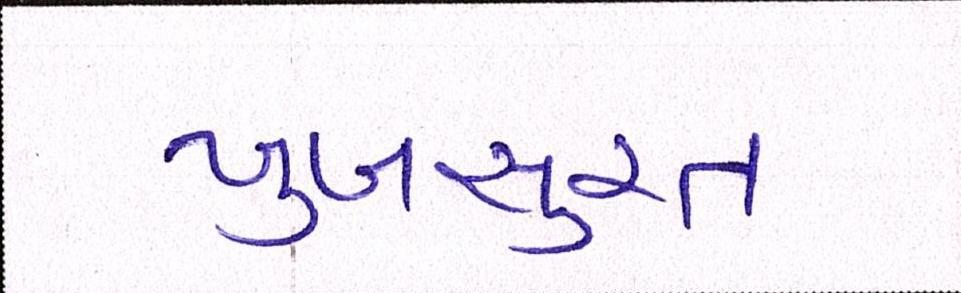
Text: ખુબસુરત